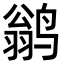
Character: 鹟